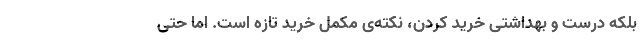
بلکه درست و بهداشتی خرید کردن، نکته‌ی مکمل خرید تازه است. اما حتی